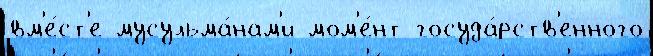
вм'е́ст'е мусульма́нам'и мом'е́нт госуда́рств'енного